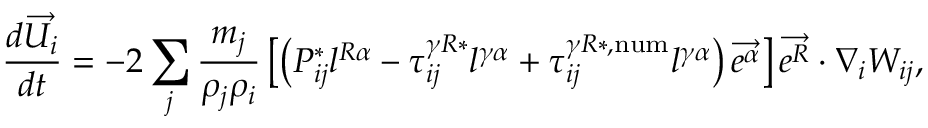
\frac { d \overrightarrow { U _ { i } } } { d t } = - 2 \sum _ { j } \frac { m _ { j } } { \rho _ { j } \rho _ { i } } \left[ \left( P _ { i j } ^ { * } l ^ { R \alpha } - \tau _ { i j } ^ { \gamma R * } l ^ { \gamma \alpha } + \tau _ { i j } ^ { \gamma R * , \mathrm { n u m } } l ^ { \gamma \alpha } \right) \overrightarrow { e ^ { \alpha } } \right] \overrightarrow { e ^ { R } } \cdot \nabla _ { i } W _ { i j } ,